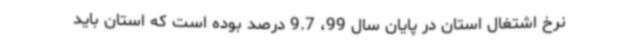
نرخ اشتغال استان در پایان سال 99، 9.7 درصد بوده است که استان باید